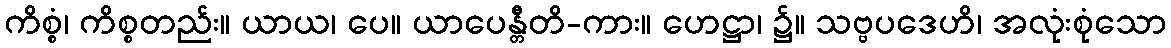
ကိစ္စံ၊ ကိစ္စတည်း။ ယာယ၊ ပေ။ ယာပေန္တီတိ-ကား။ ဟေဋ္ဌာ၊ ၌။ သဗ္ဗပဒေဟိ၊ အလုံးစုံသော